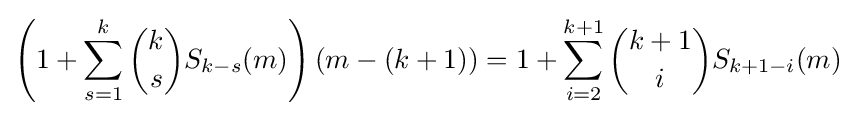
\left(1+\sum _{s=1}^{k}{\binom {k}{s}}S_{k-s}(m)\right)(m-(k+1))=1+\sum _{i=2}^{k+1}{\binom {k+1}{i}}S_{k+1-i}(m)